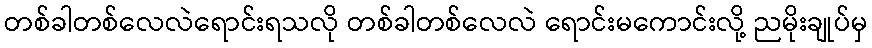
တစ်ခါတစ်လေလဲရောင်းရသလို တစ်ခါတစ်လေလဲ ရောင်းမကောင်းလို့ ညမိုးချုပ်မှ